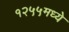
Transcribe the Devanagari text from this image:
१२५५मध्ये